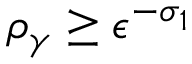
\rho _ { \gamma } \ge \epsilon ^ { - \sigma _ { 1 } }